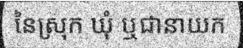
នៃស្រុក ឃុំ ឬជានាយក